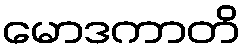
မောဒကာတိ